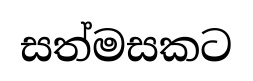
සත්මසකට